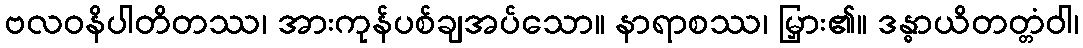
ဗလဝနိပါတိတဿ၊ အားကုန်ပစ်ချအပ်သော။ နာရာစဿ၊ မြှား၏။ ဒန္ဓာယိတတ္တံဝါ၊